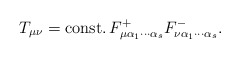
\begin{align*}T_{\mu \nu }={\rm const.}\, F_{\mu \alpha _{1}\cdots \alpha _{s}}^{+}F_{\nu\alpha _{1}\cdots \alpha _{s}}^{-}.\end{align*}